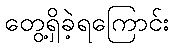
တွေ့ရှိခဲ့ရကြောင်း